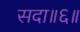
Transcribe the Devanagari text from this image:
सदा॥६॥